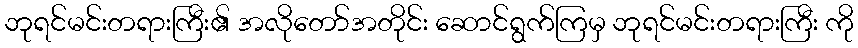
ဘုရင်မင်းတရားကြီး၏ အလိုတော်အတိုင်း ဆောင်ရွက်ကြမှ ဘုရင်မင်းတရားကြီး ကို